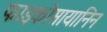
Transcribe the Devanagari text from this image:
फाइकोसायानिन